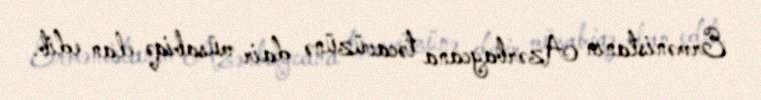
Ermənistanın Azərbaycana təcavüzünə dair müsabiqə elan edib.